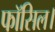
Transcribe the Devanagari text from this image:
फॉसिल।